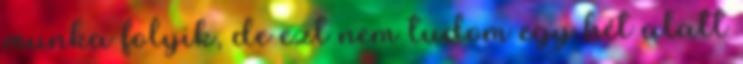
munka folyik, de ezt nem tudom egy hét alatt